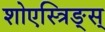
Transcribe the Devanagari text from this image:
शोएस्त्रिङ्स्